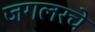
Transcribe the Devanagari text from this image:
जगलरचे